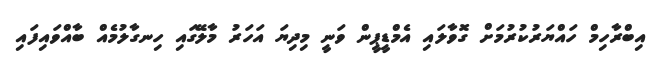
އިބްރާހިމް ހައްޔަރުކުރުމަށް ގޮވާލައި އެމްޑީޕީން ވަނީ މިދިޔަ އަހަރު މާލޭގައި ހިނގާލުމެއް ބާއްވައިފައި